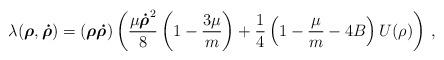
LaTeX: \begin{align*}\lambda({\mbox{\boldmath$\rho$}},{\mbox{\boldmath$\dot\rho$}}) =({\mbox{\boldmath$\rho$}}{\mbox{\boldmath$\dot\rho$}})\left(\frac{\mu{\mbox{\boldmath$\dot\rho$}}^2}{8}\left(1-\frac{3\mu}{m}\right)+ \frac{1}{4}\left(1-\frac{\mu}{m}-4B\right)U(\rho)\right)\,,\end{align*}